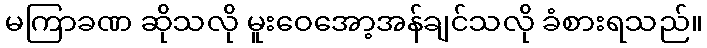
မကြာခဏ ဆိုသလို မူးဝေအော့အန်ချင်သလို ခံစားရသည်။